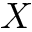
X